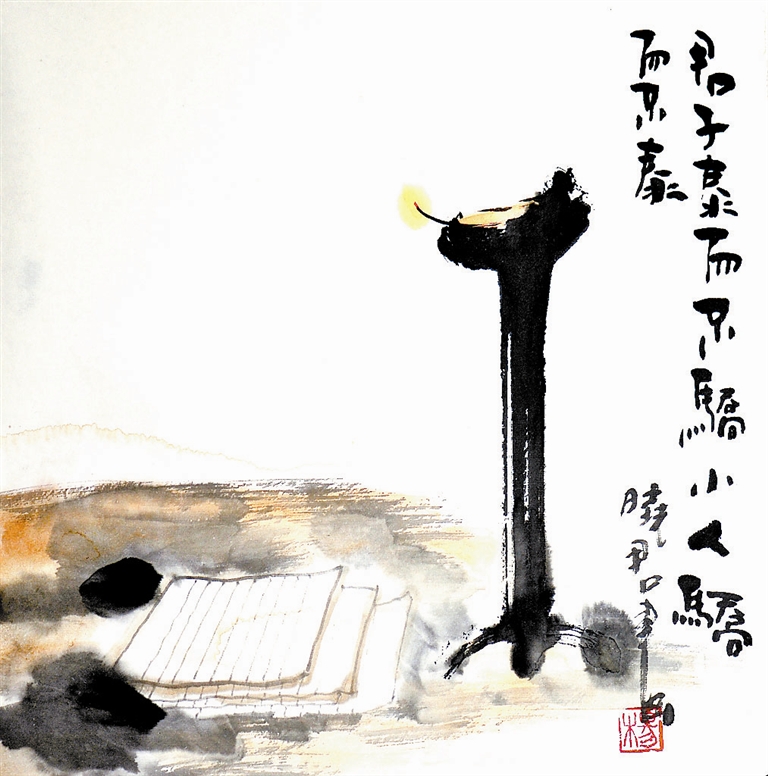
君子泰而不骄，小人骄而不泰。